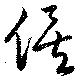
俟